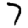
Digit: 7